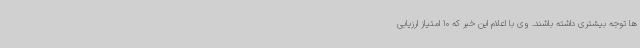
ها توجه بیشتری داشته باشند. وی با اعلام این خبر که 10 امتیاز ارزیابی